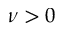
\nu > 0